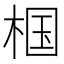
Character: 椢